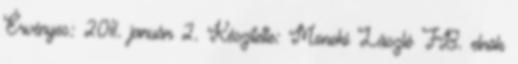
Érvényes: 2011. január 2. Készítette: Monoki László FB. elnök